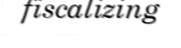
fiscalizing